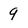
Character: 9